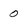
Character: 0